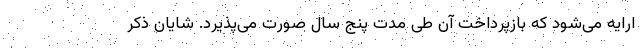
ارایه می­شود که بازپرداخت آن طی مدت پنج سال صورت می­پذیرد. شایان ذکر